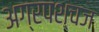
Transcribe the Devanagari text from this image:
अग्रपश्चज